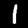
Digit: 1